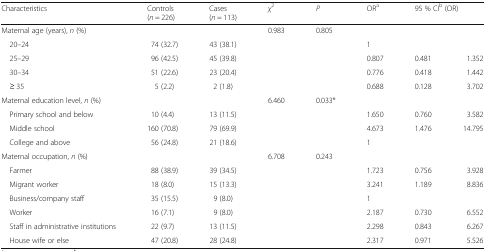
<table><thead><tr><td><b>Characteristics</b></td><td><b>Controls(<i>n</i> = 226)</b></td><td><b>Cases(<i>n</i> = 113)</b></td><td><b><i>χ</i><sup>2</sup></b></td><td><b><i>P</i></b></td><td><b>OR<sup>a</sup></b></td><td colspan="2"><b>95 % CI<sup>b</sup> (OR)</b></td></tr></thead><tbody><tr><td>Maternal age (years), <i>n</i> (%)</td><td></td><td></td><td>0.983</td><td>0.805</td><td></td><td></td><td></td></tr><tr><td> 20–24</td><td>74 (32.7)</td><td>43 (38.1)</td><td></td><td></td><td>1</td><td></td><td></td></tr><tr><td> 25–29</td><td>96 (42.5)</td><td>45 (39.8)</td><td></td><td></td><td>0.807</td><td>0.481</td><td>1.352</td></tr><tr><td> 30–34</td><td>51 (22.6)</td><td>23 (20.4)</td><td></td><td></td><td>0.776</td><td>0.418</td><td>1.442</td></tr><tr><td> ≥ 35</td><td>5 (2.2)</td><td>2 (1.8)</td><td></td><td></td><td>0.688</td><td>0.128</td><td>3.702</td></tr><tr><td>Maternal education level, <i>n</i> (%)</td><td></td><td></td><td>6.460</td><td>0.033*</td><td></td><td></td><td></td></tr><tr><td> Primary school and below</td><td>10 (4.4)</td><td>13 (11.5)</td><td></td><td></td><td>1.650</td><td>0.760</td><td>3.582</td></tr><tr><td> Middle school</td><td>160 (70.8)</td><td>79 (69.9)</td><td></td><td></td><td>4.673</td><td>1.476</td><td>14.795</td></tr><tr><td> College and above</td><td>56 (24.8)</td><td>21 (18.6)</td><td></td><td></td><td>1</td><td></td><td></td></tr><tr><td>Maternal occupation, <i>n</i> (%)</td><td></td><td></td><td>6.708</td><td>0.243</td><td></td><td></td><td></td></tr><tr><td> Farmer</td><td>88 (38.9)</td><td>39 (34.5)</td><td></td><td></td><td>1.723</td><td>0.756</td><td>3.928</td></tr><tr><td> Migrant worker</td><td>18 (8.0)</td><td>15 (13.3)</td><td></td><td></td><td>3.241</td><td>1.189</td><td>8.836</td></tr><tr><td> Business/company staff</td><td>35 (15.5)</td><td>9 (8.0)</td><td></td><td></td><td>1</td><td></td><td></td></tr><tr><td> Worker</td><td>16 (7.1)</td><td>9 (8.0)</td><td></td><td></td><td>2.187</td><td>0.730</td><td>6.552</td></tr><tr><td> Staff in administrative institutions</td><td>22 (9.7)</td><td>13 (11.5)</td><td></td><td></td><td>2.298</td><td>0.843</td><td>6.267</td></tr><tr><td> House wife or else</td><td>47 (20.8)</td><td>28 (24.8)</td><td></td><td></td><td>2.317</td><td>0.971</td><td>5.526</td></tr></tbody></table>